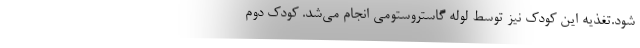
شود.تغذیه این کودک نیز توسط لوله گاستروستومی انجام می‌شد. کودک دوم